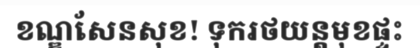
ខណ្ឌសែនសុខ! ទុករថយន្តមុខផ្ទះ